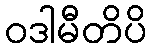
ဝဒါမီတိပိ